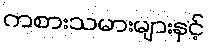
ကစားသမားများနှင့်